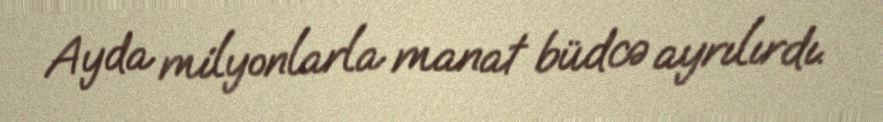
Ayda milyonlarla manat büdcə ayrılırdı.